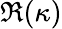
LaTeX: \Re(\kappa)